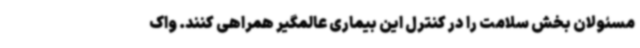
مسئولان بخش سلامت را در کنترل این بیماری عالمگیر همراهی کنند. واک